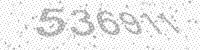
Solution: 536911